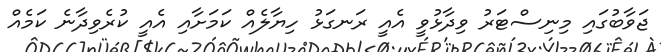
ޖަވާބުގައި މިނިސްޓަރު ވިދާޅުވީ އެއީ ރަނގަޅު ހިޔާލެއް ކަމަށާއި އެއީ ކުރެވިދާނެ ކަމެއް